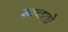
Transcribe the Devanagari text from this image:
खचतो